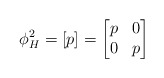
\begin{align*}\phi_{H}^2 = [p] = \begin{bmatrix} p & 0 \\ 0 & p \end{bmatrix}\end{align*}